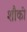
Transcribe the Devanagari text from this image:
शौकी